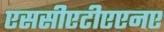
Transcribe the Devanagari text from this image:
एससीएटीएएनए